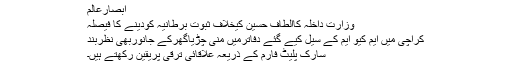
ابصارعالم
وزارت داخلہ کاالطاف حسین کیخلاف ثبوت برطانیہ کودینے کا فیصلہ
کراچی میں ایم کیو ایم کے سیل کیے گئے دفاترمیں منی چڑیاگھرکے جانوربھی نظربند
سارک پلیٹ فارم کے ذریعہ علاقائی ترقی پریقین رکھتے ہیں۔